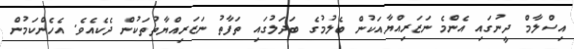
އިސްލާމް ދީނުގައި އެންމެ ނަޒަރިއްޔާއަކުން ބެލުމުގެ ބަދަލުގައި ތަފާތު ނަޒަރިއްޔާތުތަކުން ދެކެއެވެ. އެހެންކަމުން